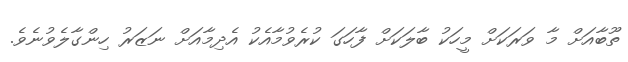
ތޫބާއަށް މާ ވަރަކަށް މީހަކު ބާލަކަށް ފާހަގަ ކުރެވުމާއެކު އެދިމާއަށް ނަޒަރު ހިންގާލެވުނެވެ.